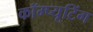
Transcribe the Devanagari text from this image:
कॉम्प्यूटिंग